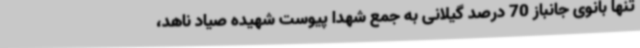
تنها بانوی جانباز 70 درصد گیلانی به جمع شهدا پیوست شهیده صیاد ناهد،